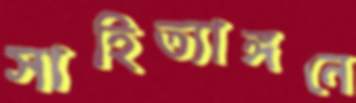
সাহিত্যাঙ্গনে